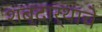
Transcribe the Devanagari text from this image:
शब्दार्थाचे